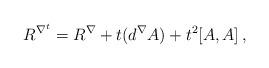
LaTeX: \begin{align*} R ^{\nabla^t} = R ^\nabla + t (d^\nabla A) + t^2 [A, A]\, ,\end{align*}